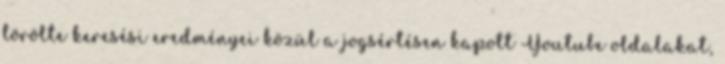
törölte keresési eredményei közül a jogsértésen kapott Youtube oldalakat,